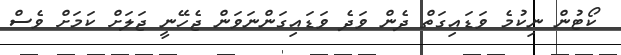
ކޯޓުން ނިކުމެ ވަޑައިގަތް ދެން ވަދެ ވަޑައިގަންނަވަން ޖެހޭނީ ޖަލަށް ކަމަށް ވެސް